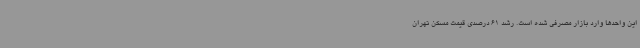
این واحدها وارد بازار مصرفی شده است. رشد 61 درصدی قیمت مسکن تهران